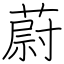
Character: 蔚